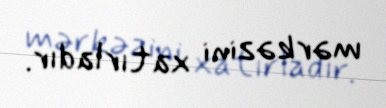
mərkəzini xatırladır.